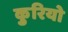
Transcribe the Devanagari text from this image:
कुरियो